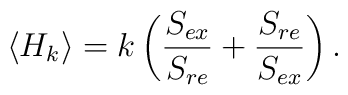
\langle H_k\rangle = k\left({S_{ex}\over S_{re}} + {S_{re}\over S_{ex}}\right).